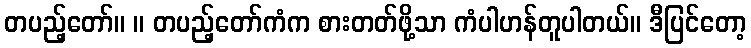
တပည့်တော်။ ။ တပည့်တော်ကံက စားတတ်ဖို့သာ ကံပါဟန်တူပါတယ်။ ဒီပြင်တော့